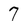
Character: 7